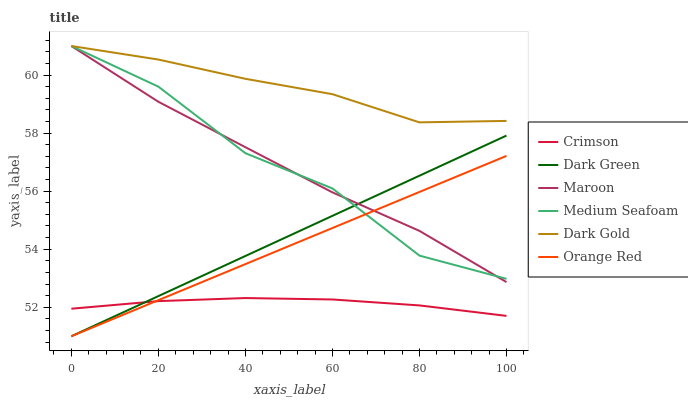
| xaxis_label | Crimson | Dark Green | Maroon | Medium Seafoam | Dark Gold | Orange Red |
 | --- | --- | --- | --- | --- | --- | --- |
 | 0 | 51.9 | 51 | 61 | 61 | 61 | 51 |
 | 20 | 52.2 | 52.4 | 59.1 | 59.6 | 60.5 | 52.2 |
 | 40 | 52.3 | 53.8 | 57.5 | 57.3 | 59.9 | 53.5 |
 | 60 | 52.3 | 55.1 | 56 | 56.1 | 59.3 | 54.7 |
 | 80 | 52.1 | 56.5 | 54.6 | 53.8 | 58.4 | 56 |
 | 100 | 51.7 | 57.9 | 52.9 | 53 | 58.4 | 57.2 |